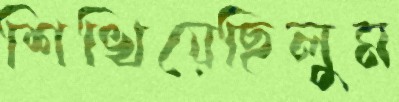
শিখিয়েছিলুম